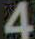
4